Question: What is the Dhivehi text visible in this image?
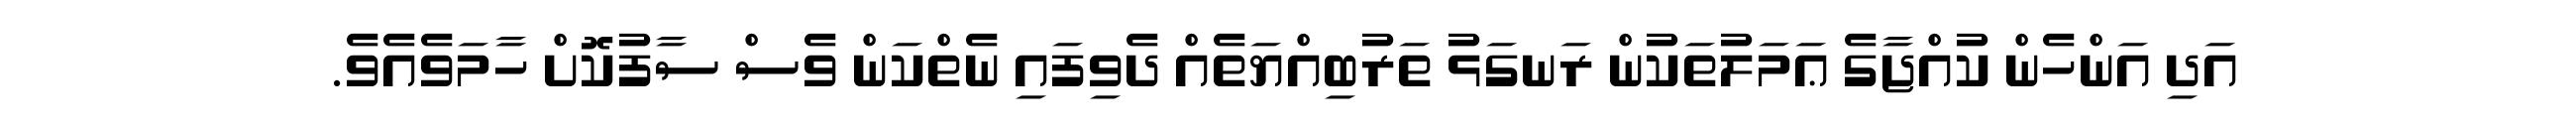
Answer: އަދި އަންހެން ކުއްޖާގެ ޢަމަލުތަކުން ރަނގަޅު ތަރުބިއްޔަތެއް ދެވިފައި ނެތްކަން ވެސް ސާފުކޮށް ހާމަވެއެވެ.